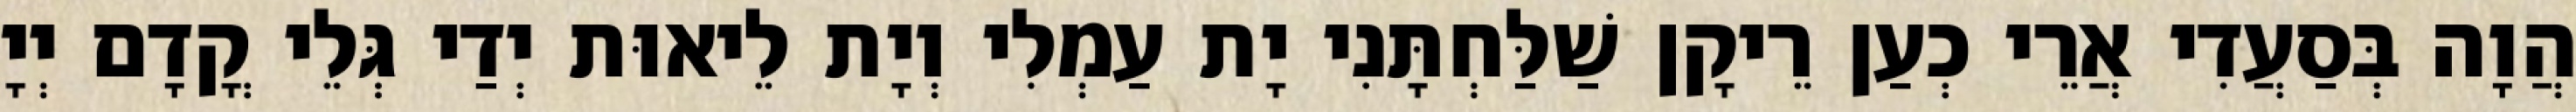
הֲוָה בְּסַעֲדִי אֲרֵי כְעַן רֵיקָן שַׁלַּחְתָּנִי יָת עַמְלִי וְיָת לֵיאוּת יְדַי גְּלֵי קֳדָם יְיָ